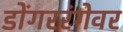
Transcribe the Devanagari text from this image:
डोंगररंगेवर